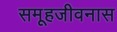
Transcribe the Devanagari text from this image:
समूहजीवनास